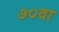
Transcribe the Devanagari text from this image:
७०वा